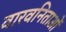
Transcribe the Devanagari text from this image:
वारवनिताओं